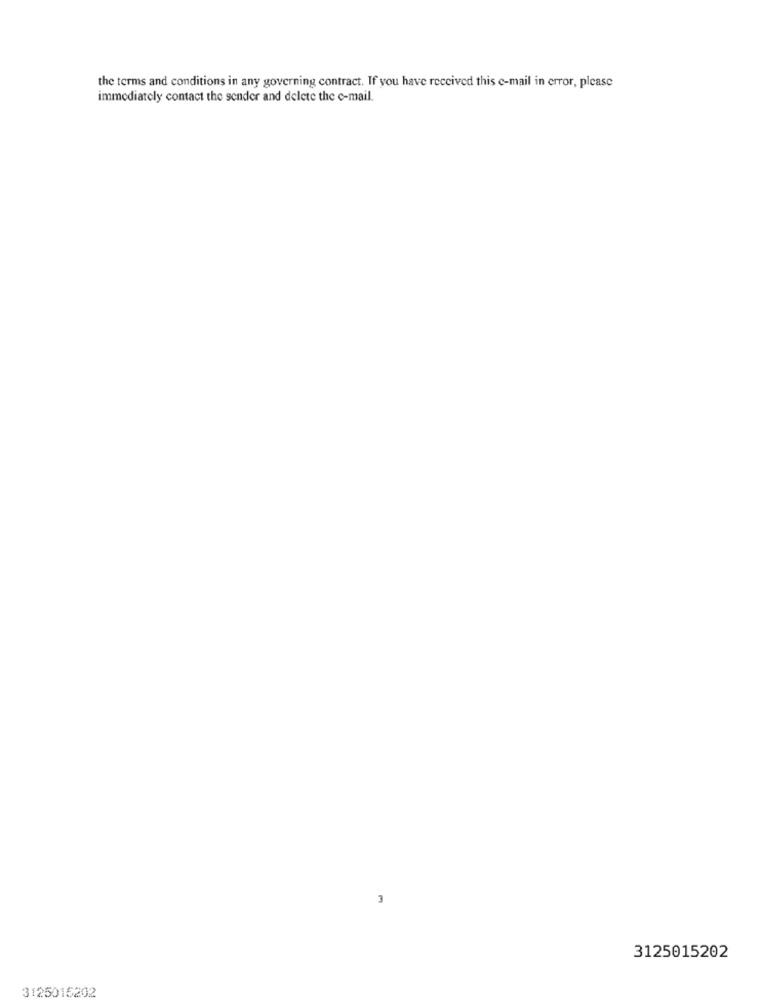
the terms and conditions in any governing contract. If you have received this e-mail in error, please
immediately contact the sender and delete the e-mail.
3
3125015202
3125015202